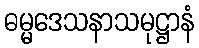
ဓမ္မဒေသနာသမုဋ္ဌာနံ